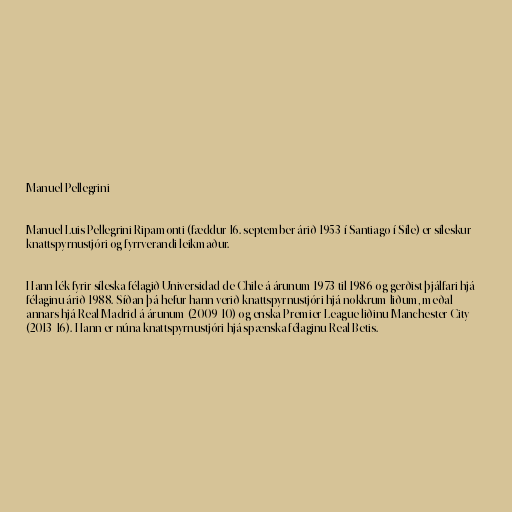
Manuel Pellegrini

Manuel Luis Pellegrini Ripamonti (fæddur 16. september árið 1953 í Santiago í Síle) er síleskur
knattspyrnustjóri og fyrrverandi leikmaður.

Hann lék fyrir síleska félagið Universidad de Chile á árunum 1973 til 1986​ og gerðist þjálfari hjá
félaginu árið 1988. Síðan þá hefur hann verið knattspyrnustjóri hjá nokkrum liðum, meðal
annars hjá Real Madrid á árunum (2009-10) og enska Premier League liðinu Manchester City
(2013-16). Hann er núna knattspyrnustjóri hjá spænska félaginu Real Betis.